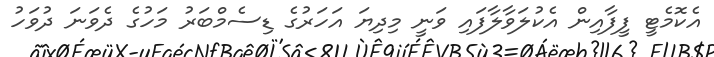
އެކޮމެޓީ ފީފާއިން އެކުލަވާލާފައި ވަނީ މިދިޔަ އަހަރުގެ ޑިސެމްބަރު މަހުގެ ދެވަނަ ދުވަހު